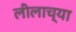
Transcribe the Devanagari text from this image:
लीलाच्या